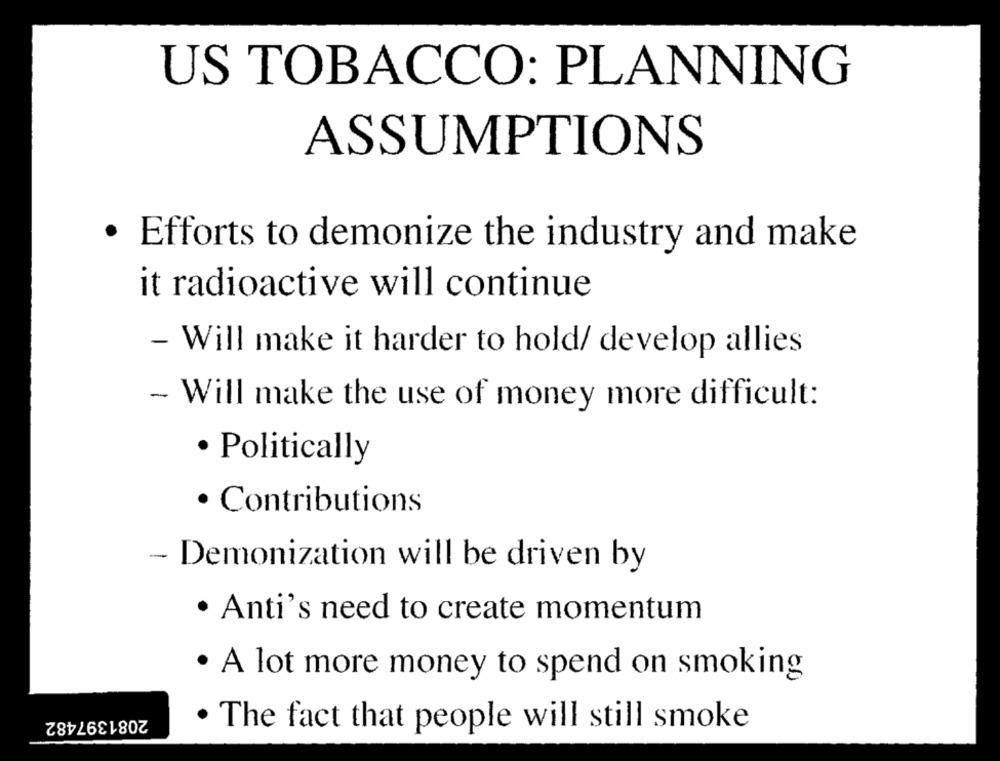
US TOBACCO: PLANNING
ASSUMPTIONS
· Efforts to demonize the industry and make
it radioactive will continue
- Will make it harder to hold/ develop allies
- Will make the use of money more difficult:
· Politically
· Contributions
- Demonization will be driven by
· Anti's need to create momentum
· A lot more money to spend on smoking
2081397482
· The fact that people will still smoke